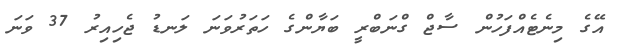
އޭގެ މިނެޓެއްފަހުން ސާޖް ގްނަބްރީ ބަޔާންގެ ހަތަރުވަނަ ލަނޑު ޖެހިއިރު 37 ވަނަ